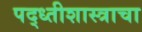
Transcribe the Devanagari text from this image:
पद्ध्तीशास्त्राचा